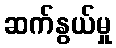
ဆက်နွယ်မှု